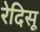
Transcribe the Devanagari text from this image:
रेदिसू